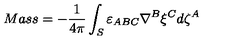
M a s s = - \frac { 1 } { 4 \pi } \int _ { S } \varepsilon _ { A B C } \nabla ^ { B } \xi ^ { C } d \zeta ^ { A }